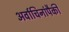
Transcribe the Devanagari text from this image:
अर्वाचिनांपैकी